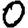
Digit: 0